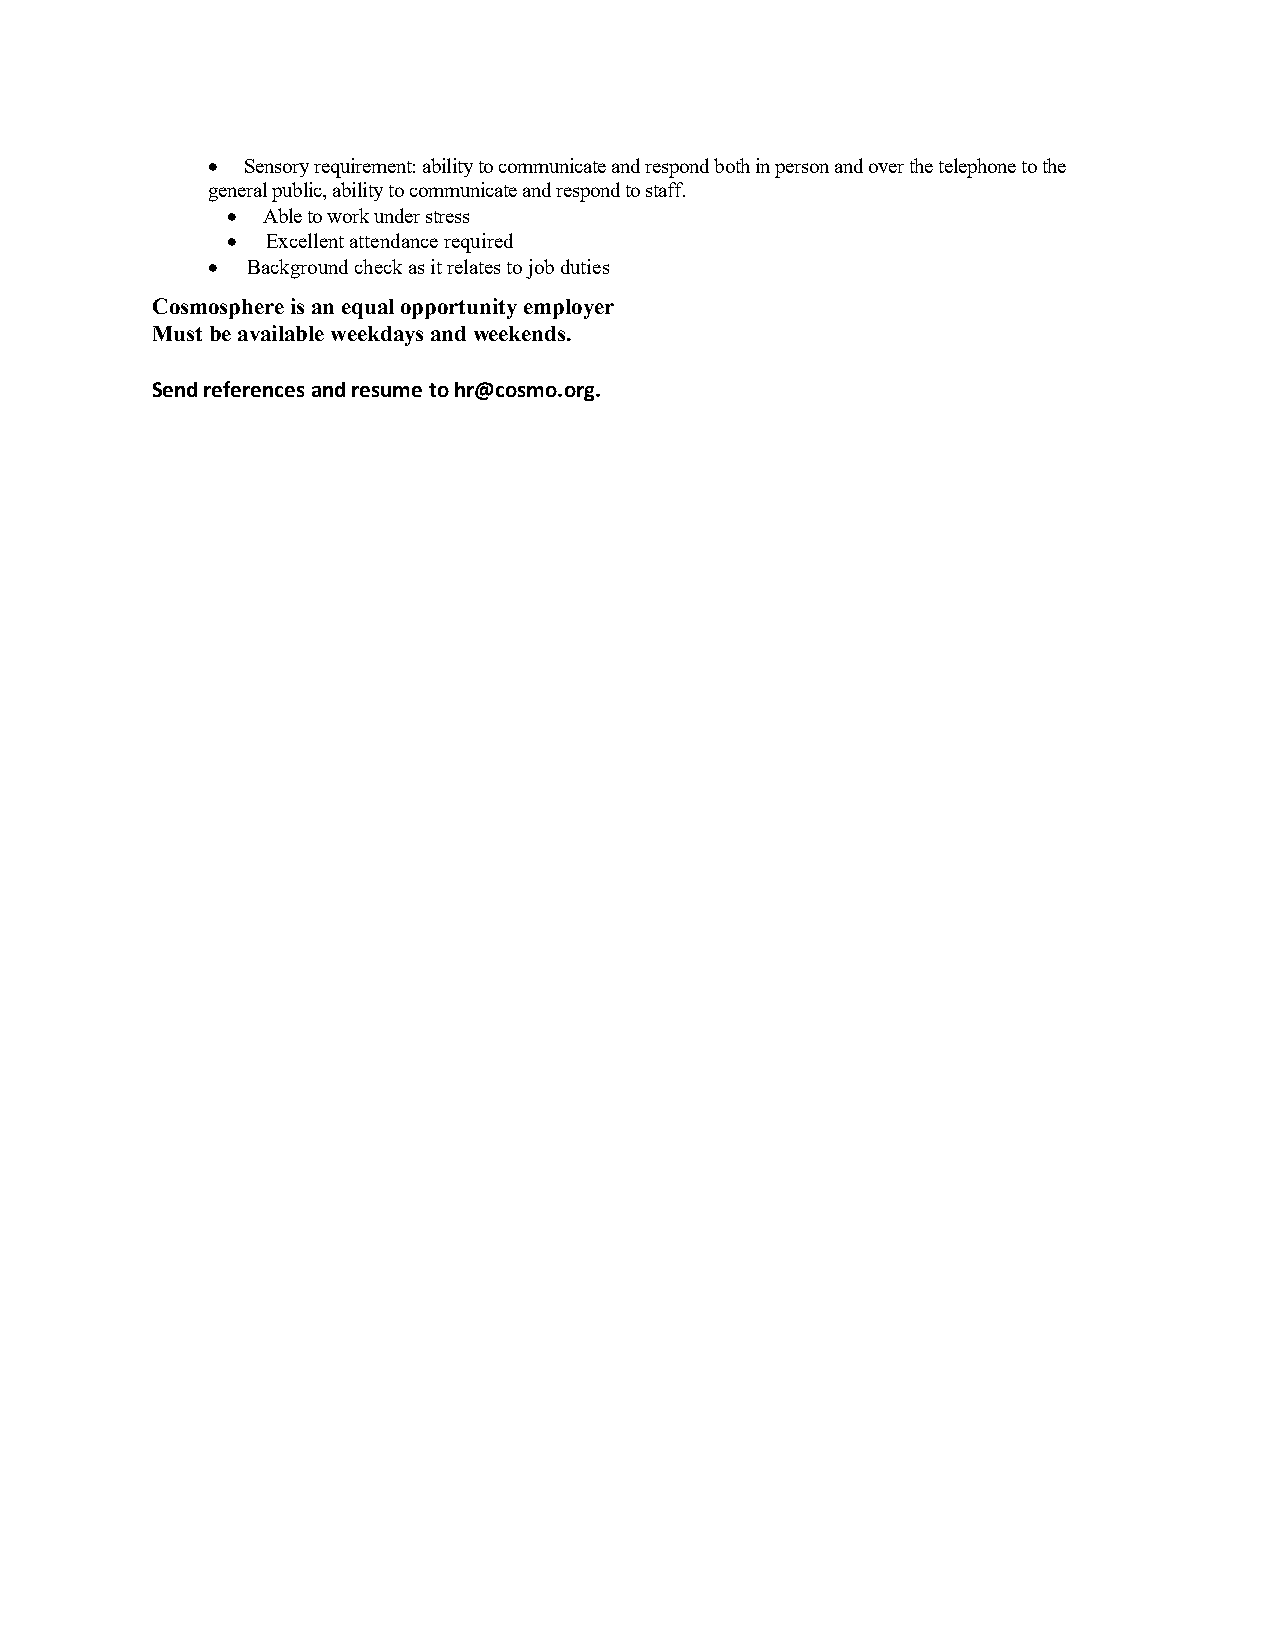
• Sensory requirement: ability to communicate and respond both in person and over the telephone to the
 general public, ability to communicate and respond to staff.
 • Able to work under stress
 •  Excellent attendance required
 • Background check as it relates to job duties
 Cosmosphere is an equal opportunity employer
 Must be available weekdays and weekends.
 Send references and resume to hr@cosmo.org.